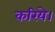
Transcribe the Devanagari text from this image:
करिये।